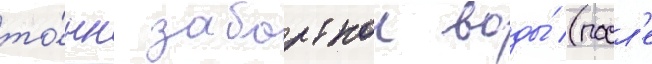
то́нн забортнои воды́ (посл'е